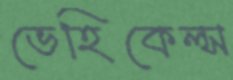
ভেহিকেল্স